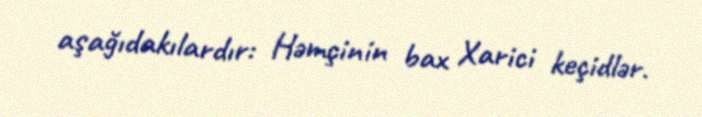
aşağıdakılardır: Həmçinin bax Xarici keçidlər.